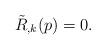
LaTeX: \begin{align*}\tilde{R}_{,k}(p)=0.\end{align*}